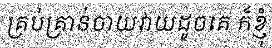
គ្រប់គ្រាន់ចាយវាយដូចគេ ក៏ខ្ញុំ